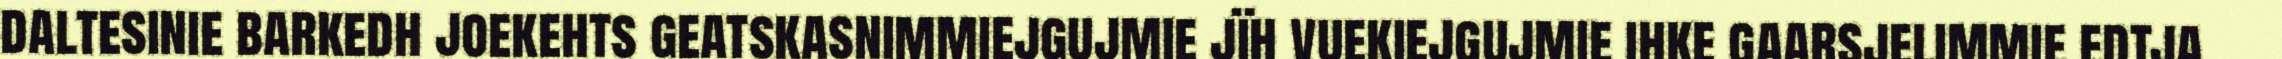
daltesinie barkedh joekehts geatskasnimmiejgujmie jïh vuekiejgujmie ihke gaarsjelimmie edtja